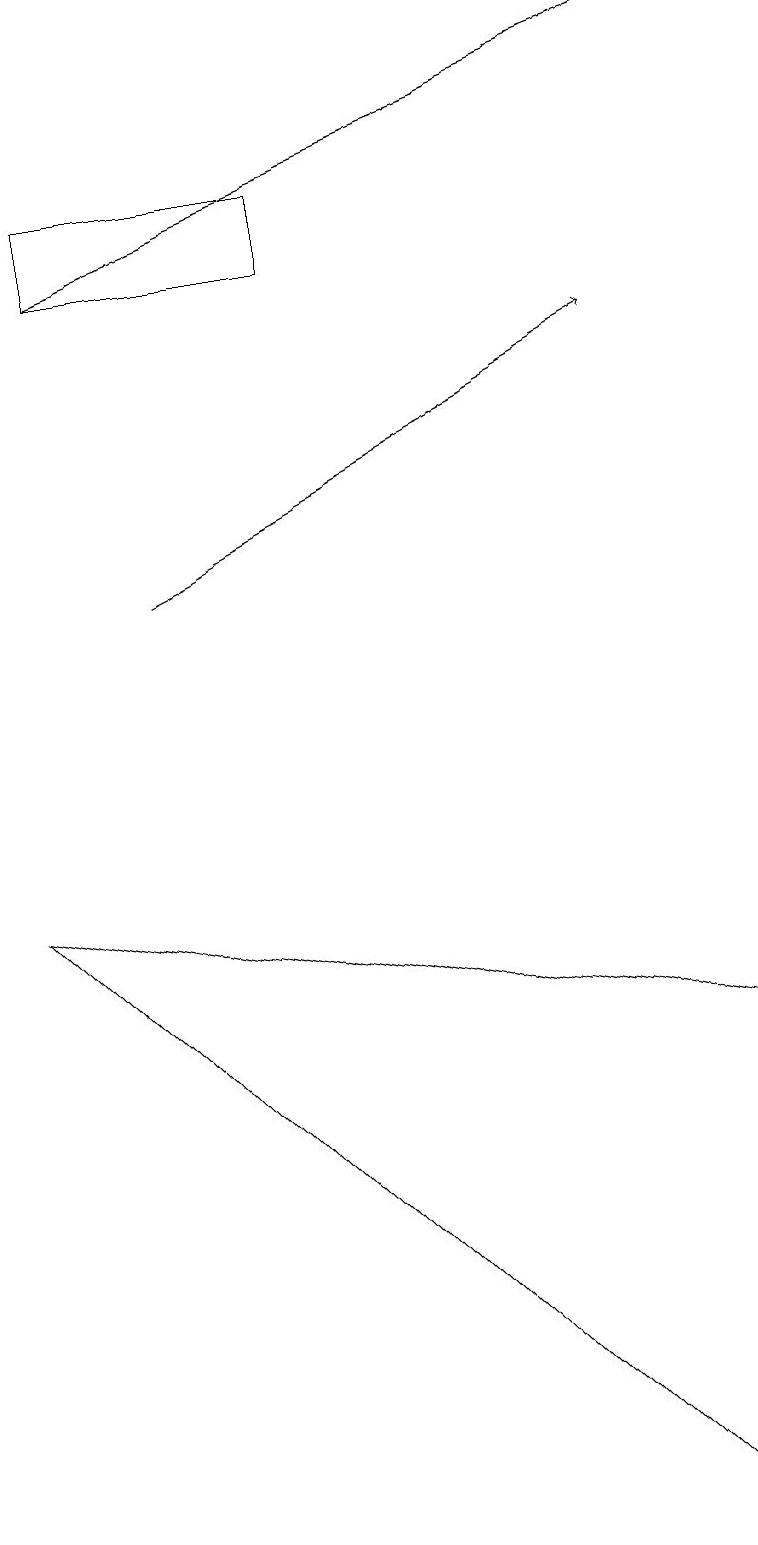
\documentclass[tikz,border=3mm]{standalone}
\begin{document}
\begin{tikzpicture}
\draw (9,6) -- (8,0) -- (0,8) -- cycle;
\draw[->] (2,12) -- (8,15);
\draw[->] (1,16) -- (9,19);
\draw (1,17) rectangle (4,16);
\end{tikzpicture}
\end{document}